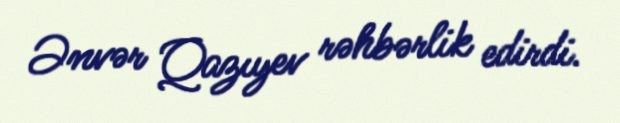
Ənvər Qazıyev rəhbərlik edirdi.